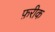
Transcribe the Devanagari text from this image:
फ़रीक